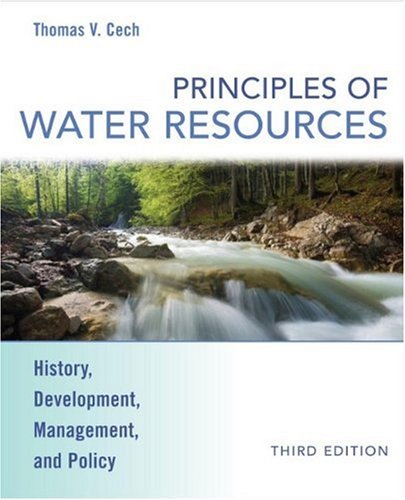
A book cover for Principles of Water Resources: History, Development, Management, and Policy; Thomas V. Cech; Science & Math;